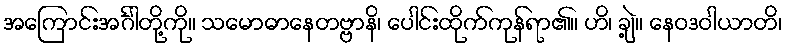
အကြောင်းအင်္ဂါတို့ကို။ သမောဓာနေတဗ္ဗာနိ၊ ပေါင်းထိုက်ကုန်ရာ၏။ ဟိ၊ ချဲ့။ နေဝဒဝါယာတိ၊